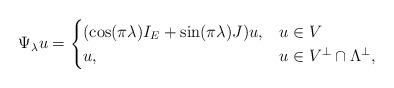
LaTeX: \begin{align*}\Psi_\lambda u=\begin{cases}(\cos(\pi \lambda)I_E+\sin(\pi \lambda)J)u,&u\in V\\u, &u\in V^\perp\cap\Lambda^\perp,\end{cases}\end{align*}